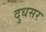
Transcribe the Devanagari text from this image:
दुधसर